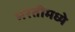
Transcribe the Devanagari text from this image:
भरतीमध्ये